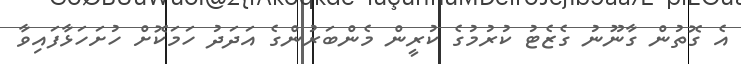
އެ ގޮތުން ގާނޫނު ގެޒެޓު ކުރުމުގެ ކުރީން މެންބަރުންގެ އަދަދު ހަމަކޮށް ހުށަހަޅާފައިވާ